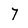
Character: 7